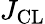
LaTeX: J_{\mathrm{CL}}